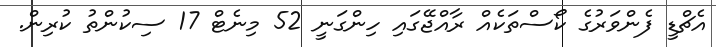
އެޗްޑީ ފެންވަރުގެ ކޯސްތަކެއް ރާއްޖޭގައި ހިންގަނީ 52 މިނެޓް 17 ސިކުންތު ކުރިން.